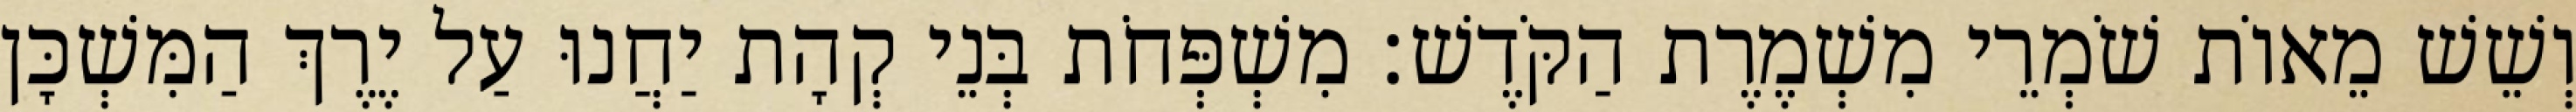
וְשֵׁשׁ מֵאוֹת שֹׁמְרֵי מִשְׁמֶרֶת הַקֹּדֶשׁ׃ מִשְׁפְּחֹת בְּנֵי קְהָת יַחֲנוּ עַל יֶרֶךְ הַמִּשְׁכָּן